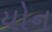
યોન